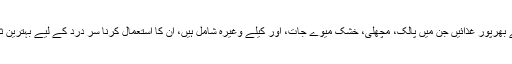
میگنیشیم سے بھرپور غذائیں جن میں پالک، مچھلی، خشک میوے جات، اور کیلے وغیرہ شامل ہیں، ان کا استعمال کرنا سَر درد کے لیے بہترین ثابت ہوتا ہے۔